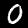
Digit: 0